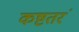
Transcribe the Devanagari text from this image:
कष्टतरं